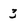
Character: 3